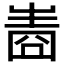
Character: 𤯧